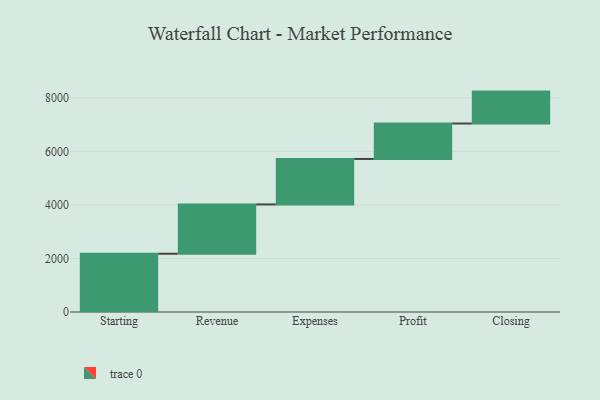
{"axis": {"x": "Step", "y": "Value"}, "legend": [""], "data": [{"x": "Starting", "y": 2176.0, "type": ""}, {"x": "Revenue", "y": 1842.0, "type": ""}, {"x": "Expenses", "y": 1698.0, "type": ""}, {"x": "Profit", "y": 1324.0, "type": ""}, {"x": "Closing", "y": 1192.0, "type": ""}]}